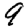
Digit: 9